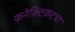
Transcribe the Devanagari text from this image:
कनेक्टिकटचा